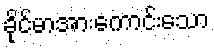
ခိုင်မာအားကောင်းသော